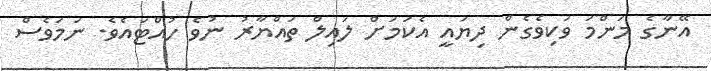
އޭނާގެ މަންމަ ވަކިވެގެން ދިޔައީ އެކަމަށް ލައިލް ތައްޔާރު ނުވެ ހުއްޓައެވެ. ނަމަވެސް